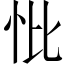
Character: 𢗽